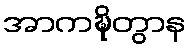
အာကဍ္ဎိတွာန